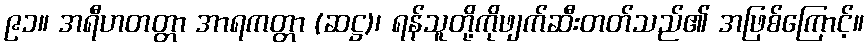
၉၁။ အရီဟတတ္တာ အာရကတ္တာ (ဆဋ္ဌ)၊ ရန်သူတို့ကိုဖျက်ဆီးတတ်သည်၏ အဖြစ်ကြောင့်။